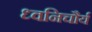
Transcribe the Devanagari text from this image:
ध्वनिचौर्य